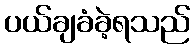
ပယ်ချခံခဲ့ရသည်